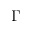
\Gamma